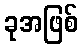
ခုအဖြစ်